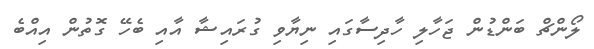
ލޯންޗް ބަންޑުން ޖަހާލި ހާދިސާގައި ނިޔާވި ގުރައިޝާ އާއި ބެހޭ ގޮތުން އިއްބެ